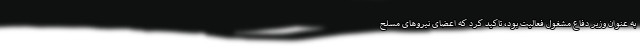
به عنوان وزیر دفاع مشغول فعالیت بود، تاکید کرد که اعضای نیروهای مسلح